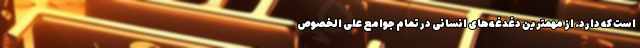
است که دارد. از مهمترین دغدغه‌های انسانی در تمام جوامع علی الخصوص